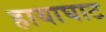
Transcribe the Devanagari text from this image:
हायाघाट